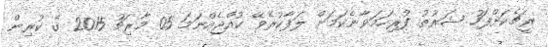
ރީޗެކަށްފަހު ޝަރުޠު ފުރިހަމަވާނެކަމަށް ލަފާކުރެވޭ ކުއްޖެއްނަމަ 05 މާރިޗު 2015 ގެ ކުރިން